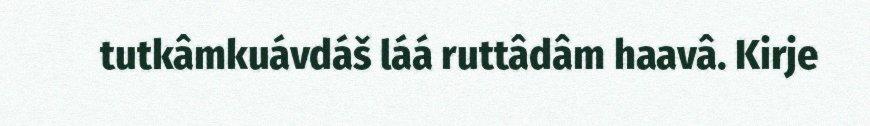
tutkâmkuávdáš láá ruttâdâm haavâ. Kirje